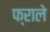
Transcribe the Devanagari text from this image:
फ्राले